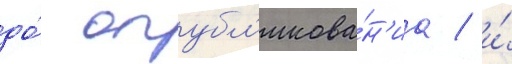
до́ опубл'икова́н'иа / и́